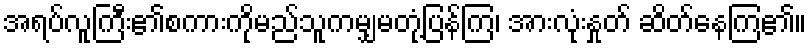
အရပ်လူကြီး၏စကားကိုမည်သူကမျှမတုံ့ပြန်ကြ၊ အားလုံးနှုတ် ဆိတ်နေကြ၏။